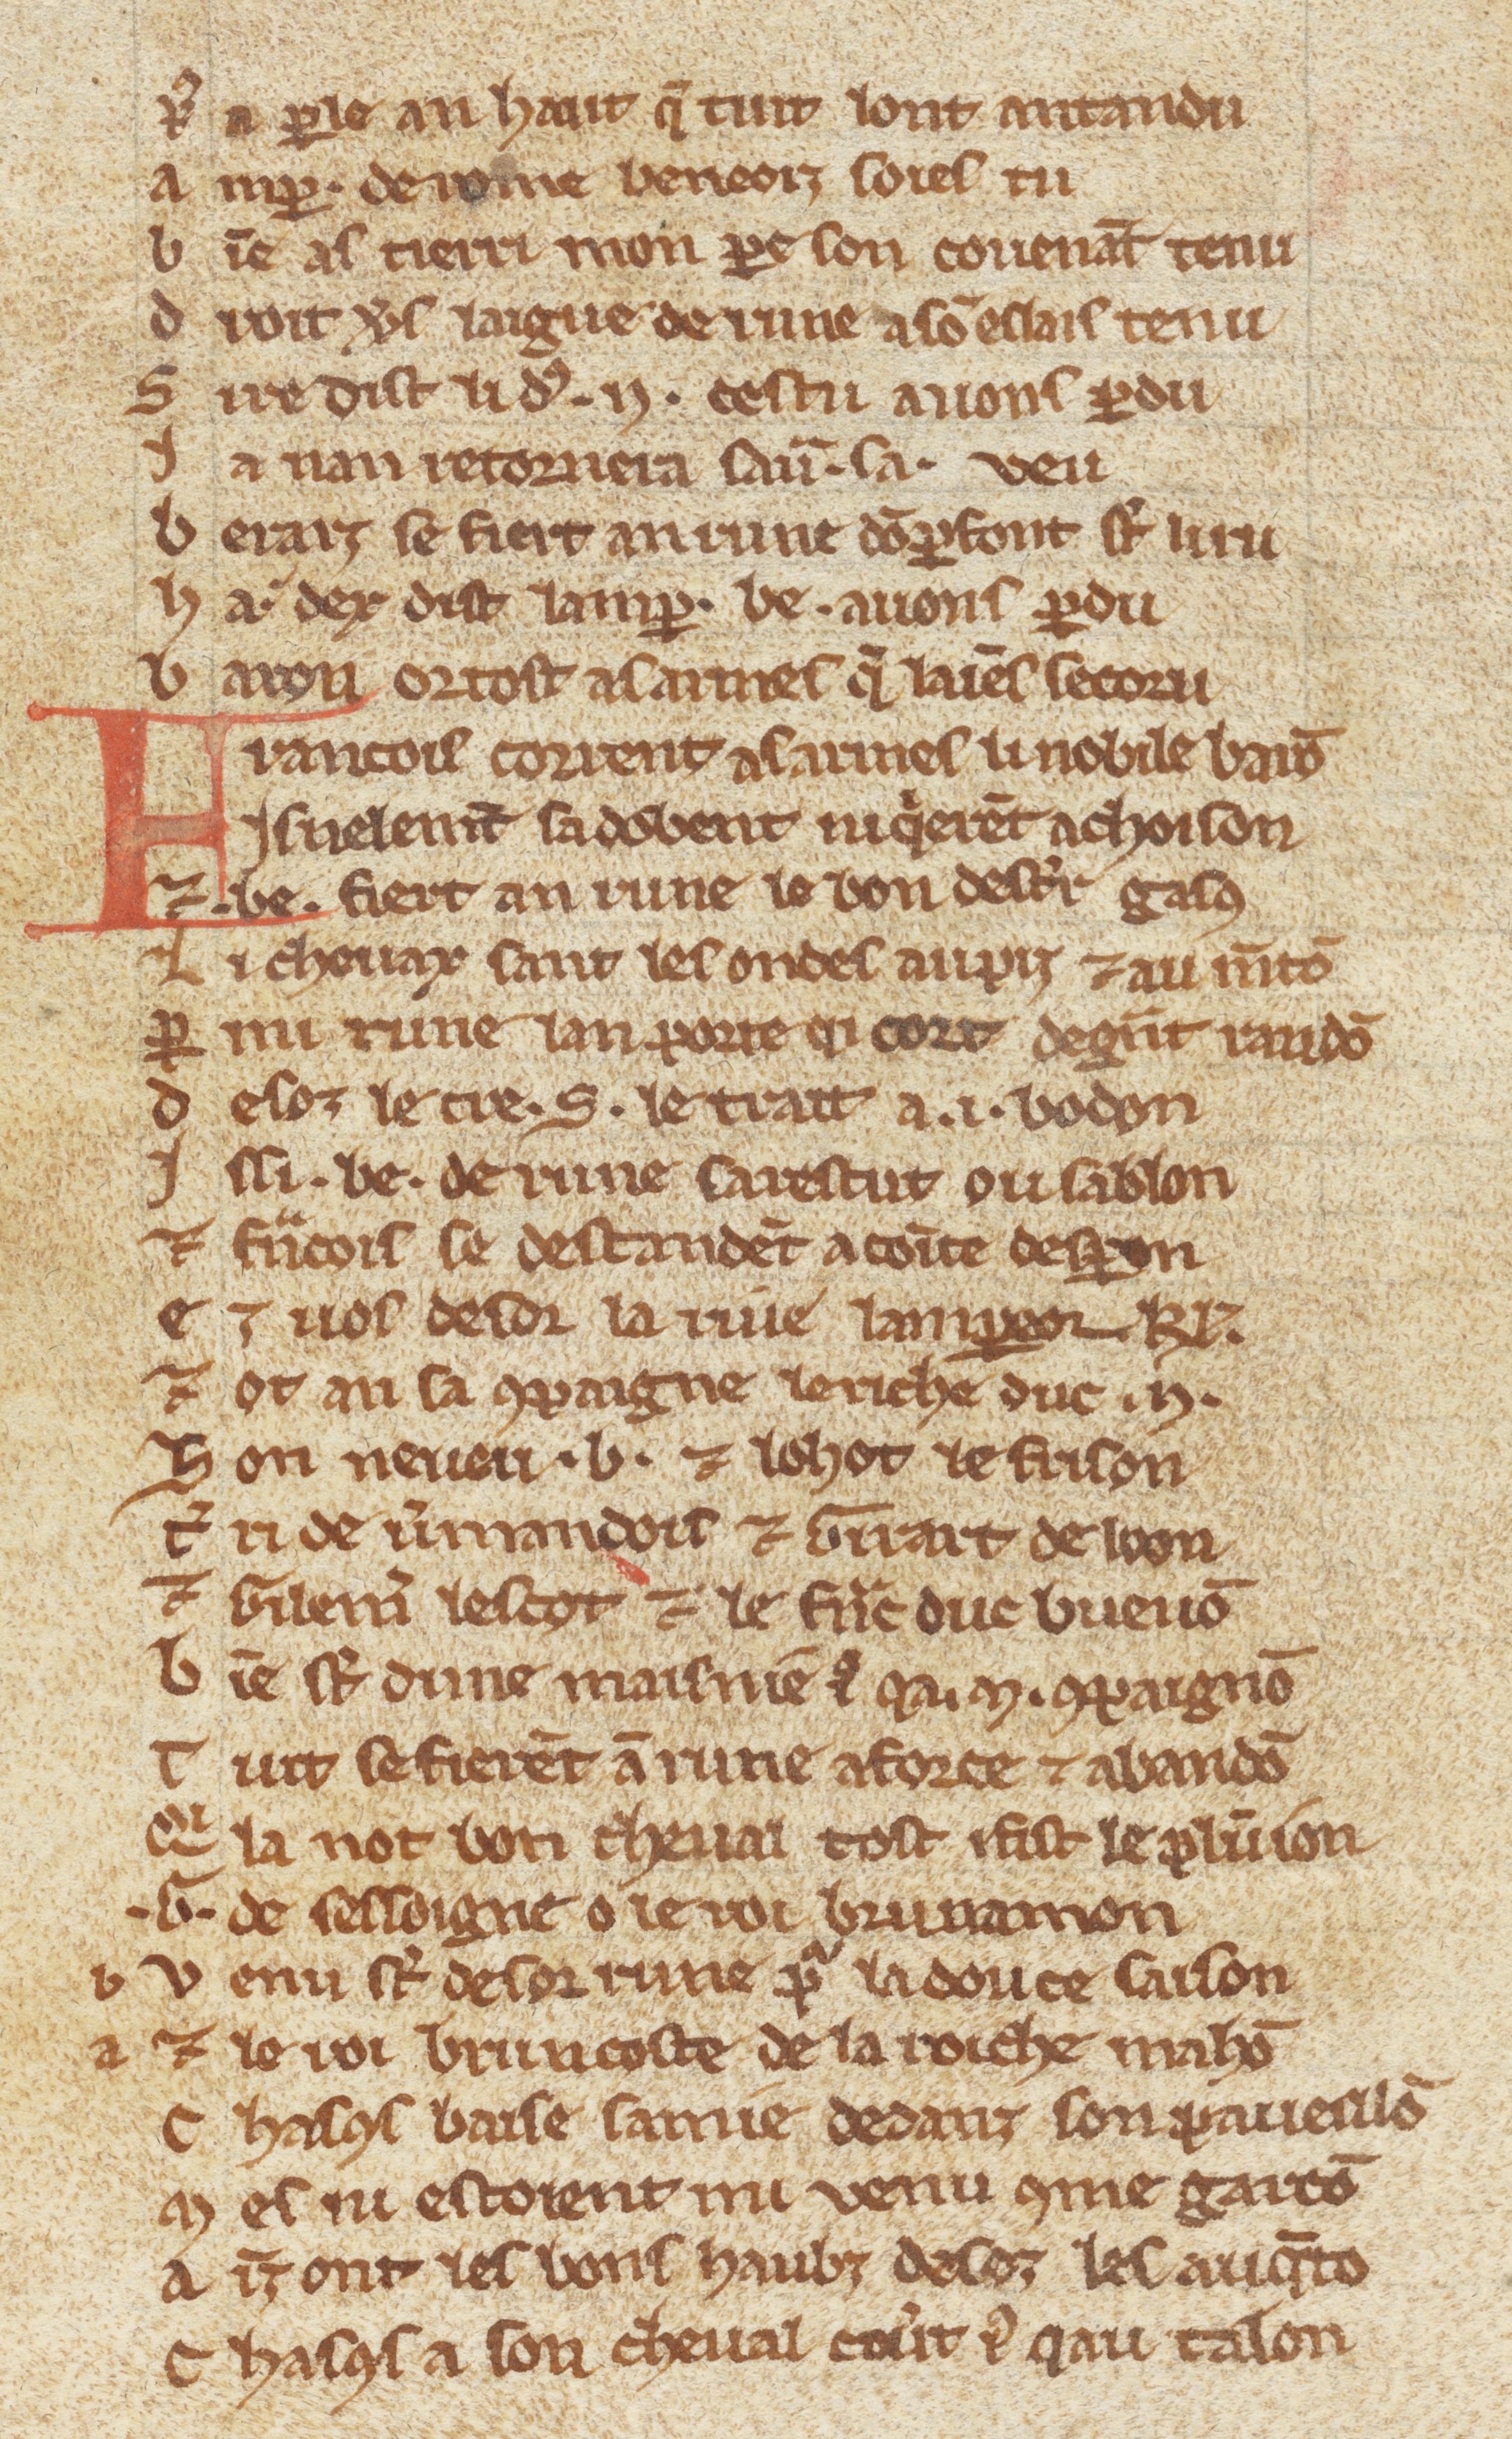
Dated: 1270–1299